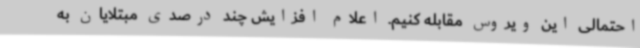
احتمالی این ویروس مقابله کنیم. اعلام افزایش چند درصدی مبتلایان به